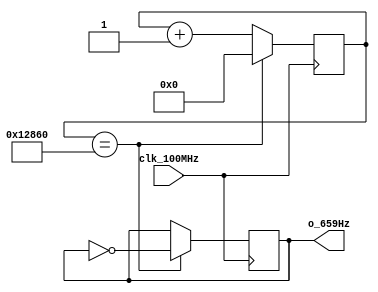
`timescale 1ns / 1ps
//////////////////////////////////////////////////////////////////////////////////
// Authored by David J. Marion aka FPGA Dude
// Created on 4/29/2022
// Using Vivado 2021.2
// Generating 659Hz signal for music tone 'eH'
//////////////////////////////////////////////////////////////////////////////////

module eH_659Hz(
    input clk_100MHz,
    output o_659Hz    
    );
    
    // 100MHz / 75,872 / 2 = 659.0046Hz
    reg r_659Hz;
    reg [16:0] r_counter = 0;
    
    always @(posedge clk_100MHz)
        if(r_counter == 17'd75_872) begin
            r_counter <= 0;
            r_659Hz <= ~r_659Hz;
            end
        else
            r_counter <= r_counter + 1;

    assign o_659Hz = r_659Hz;
    
endmodule